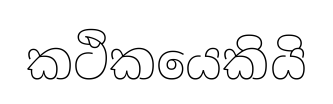
කථිකයෙකියි